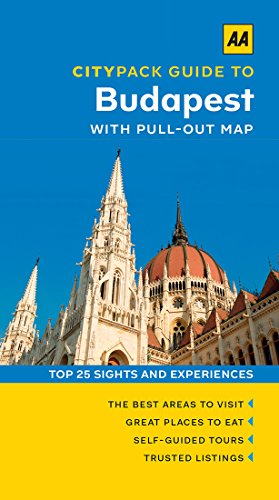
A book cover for Budapest (AA CityPack Guides); AA Publishing; Travel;